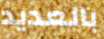
بالعديد